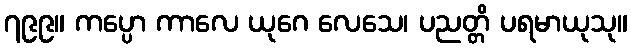
၇၉၉။ ကပ္ပော ကာလေ ယုဂေ လေသေ၊ ပညတ္တိ ပရမာယုသု။